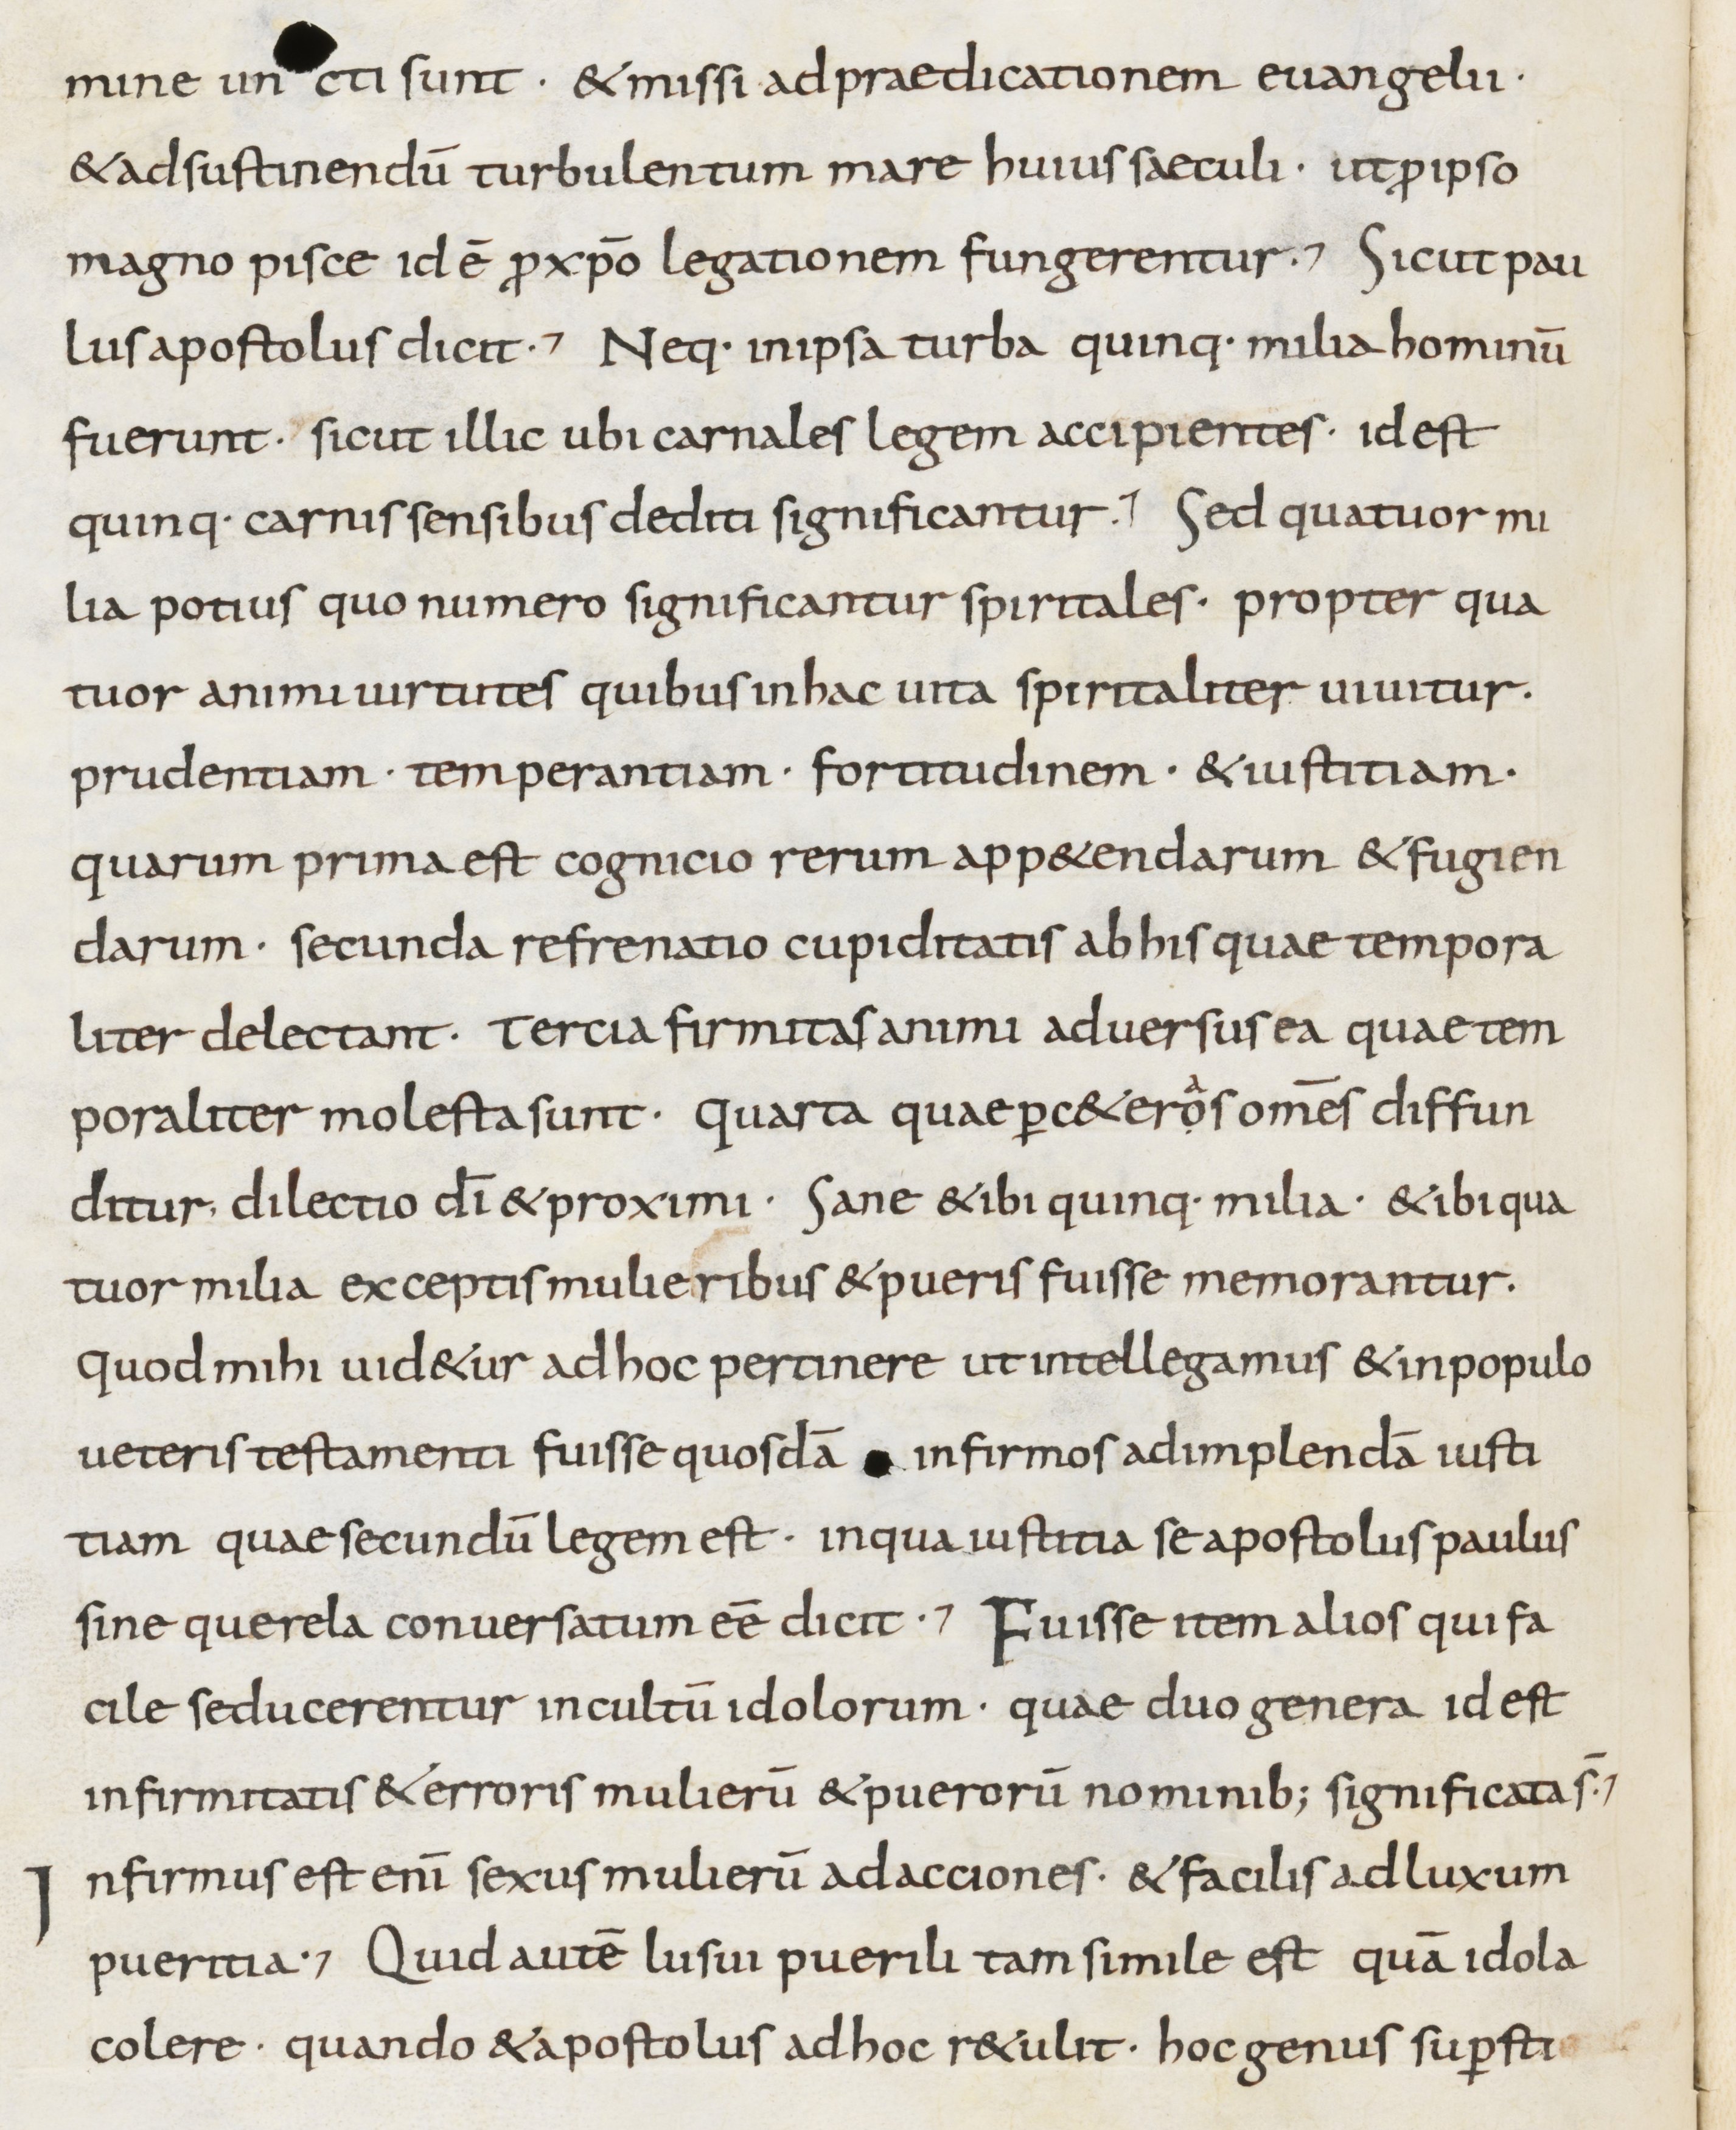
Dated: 800–899